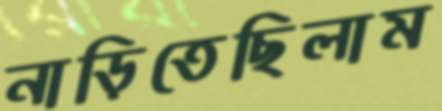
নাড়িতেছিলাম